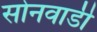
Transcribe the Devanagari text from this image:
सोनवाडी